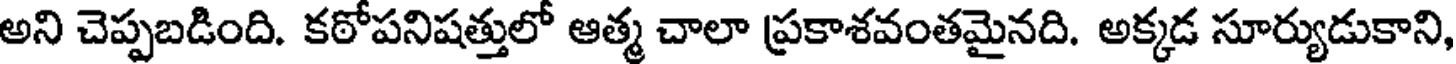
అని చెప్పబడింది. కఠోపనిషత్తులో ఆత్మ చాలా ప్రకాశవంతమైనది. అక్కడ సూర్యుడుకాని,